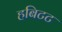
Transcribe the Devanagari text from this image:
हबिटट